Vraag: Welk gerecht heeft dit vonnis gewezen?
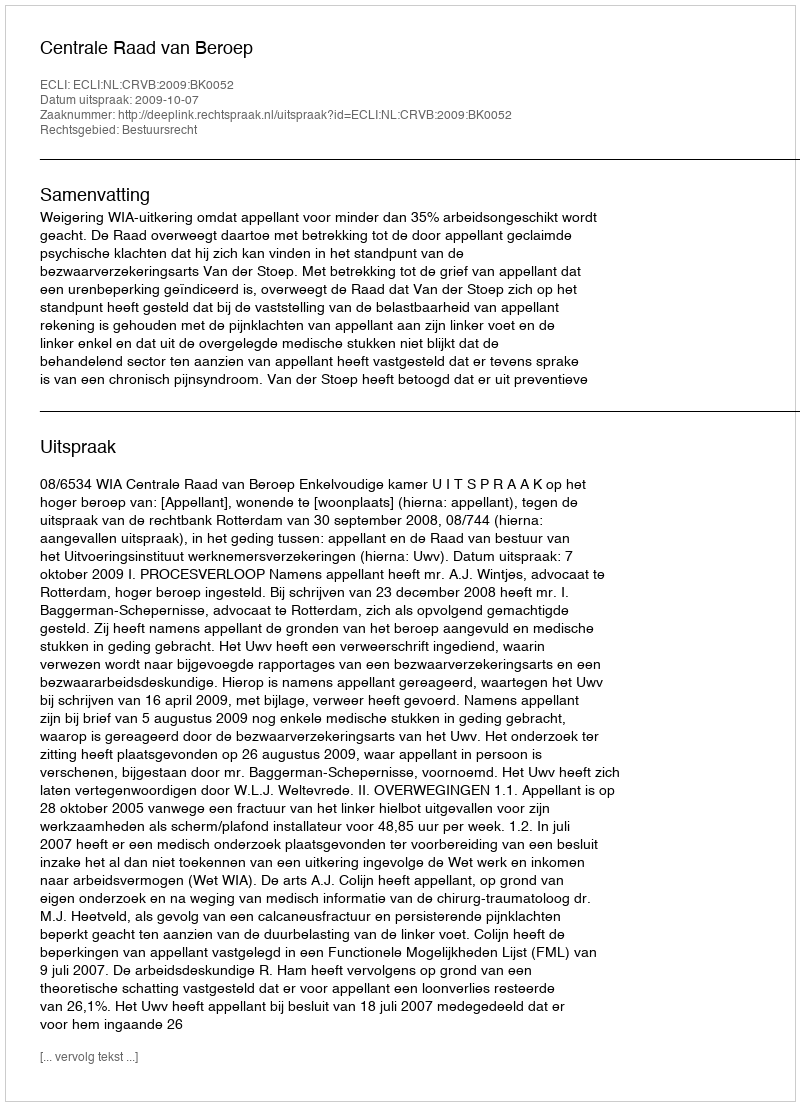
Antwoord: Centrale Raad van Beroep